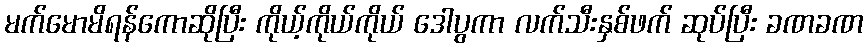
မက်မောမိရန်ကောဆိုပြီး ကိုယ့်ကိုယ်ကိုယ် ဒေါပွကာ လက်သီးနှစ်ဖက် ဆုပ်ပြီး ခဏခဏ